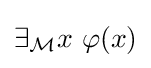
\exists _{\mathcal {M}}x\ \varphi (x)